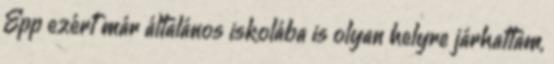
Épp ezért már általános iskolába is olyan helyre járhattam,